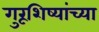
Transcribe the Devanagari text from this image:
गुरूशिष्यांच्या